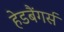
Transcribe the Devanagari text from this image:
हेडबैंगर्स